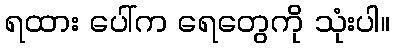
ရထား ပေါ်က ရေတွေကို သုံးပါ။